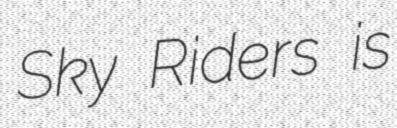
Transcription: Sky Riders is